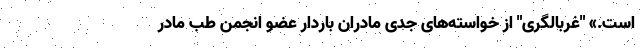
است.» "غربالگری" از خواسته‌های جدی مادران باردار عضو انجمن طب مادر